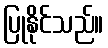
ပြုနိုင်သည်။